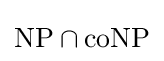
{\textstyle {\text{NP}}\cap {\text{coNP}}}